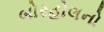
બોરહોલનો